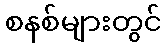
စနစ်များတွင်